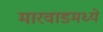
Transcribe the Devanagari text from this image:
मारवाडमध्ये